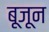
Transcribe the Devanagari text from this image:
बूजून